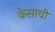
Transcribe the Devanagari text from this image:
केसाची